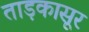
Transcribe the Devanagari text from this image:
ताड़कासूर